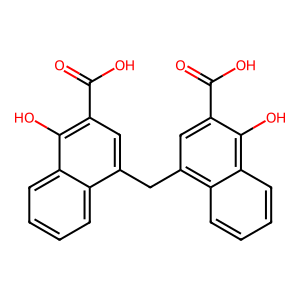
SMILES: O=C(O)c1cc(Cc2cc(C(=O)O)c(O)c3ccccc23)c2ccccc2c1O
Inhibits HIV replication: No